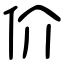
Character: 价